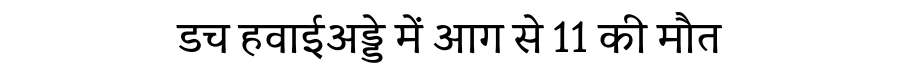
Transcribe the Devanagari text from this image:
डच हवाईअड्डे में आग से 11 की मौत